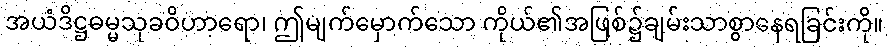
အယံဒိဋ္ဌဓမ္မသုခဝိဟာရော၊ ဤမျက်မှောက်သော ကိုယ်၏အဖြစ်၌ချမ်းသာစွာနေရခြင်းကို။